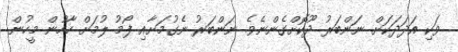
ވަކި އަދަދަކަށް ނަންބަރު ދޫކޮށްގެންނެވެ. ނަންބަރު ނެގުމަށާއި ފޯމު ލުމަށް ހާހުން މީހުން